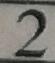
2